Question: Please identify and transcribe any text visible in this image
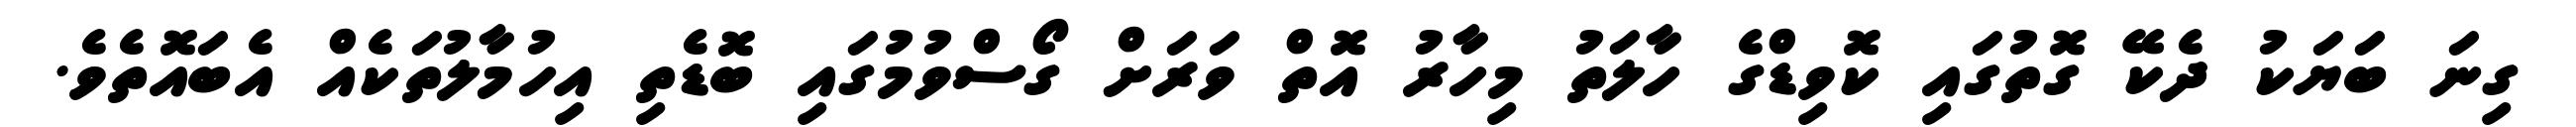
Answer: ގިނަ ބަޔަކު ދެކޭ ގޮތުގައި ކޮވިޑްގެ ހާލަތު މިހާރު އޮތް ވަރަށް ގޯސްވުމުގައި ބޮޑެތި އިހުމާލުތަކެއް އެބައޮތެވެ.